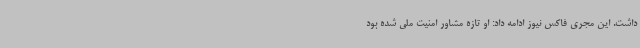
داشت. این مجری فاکس نیوز ادامه داد: او تازه مشاور امنیت ملی شده بود